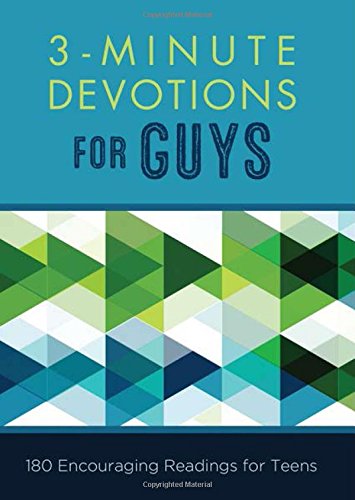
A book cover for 3-Minute Devotions for Guys:  180 Encouraging Readings for Teens; Glenn Hascall; Christian Books & Bibles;